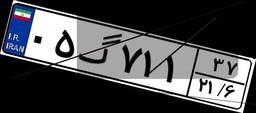
۱۷گ۵۸۷۲۳